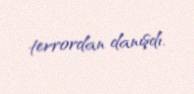
terrordan danışdı.